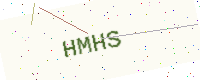
Text: HMHS